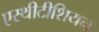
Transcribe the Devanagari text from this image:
एस्थीटीशियन